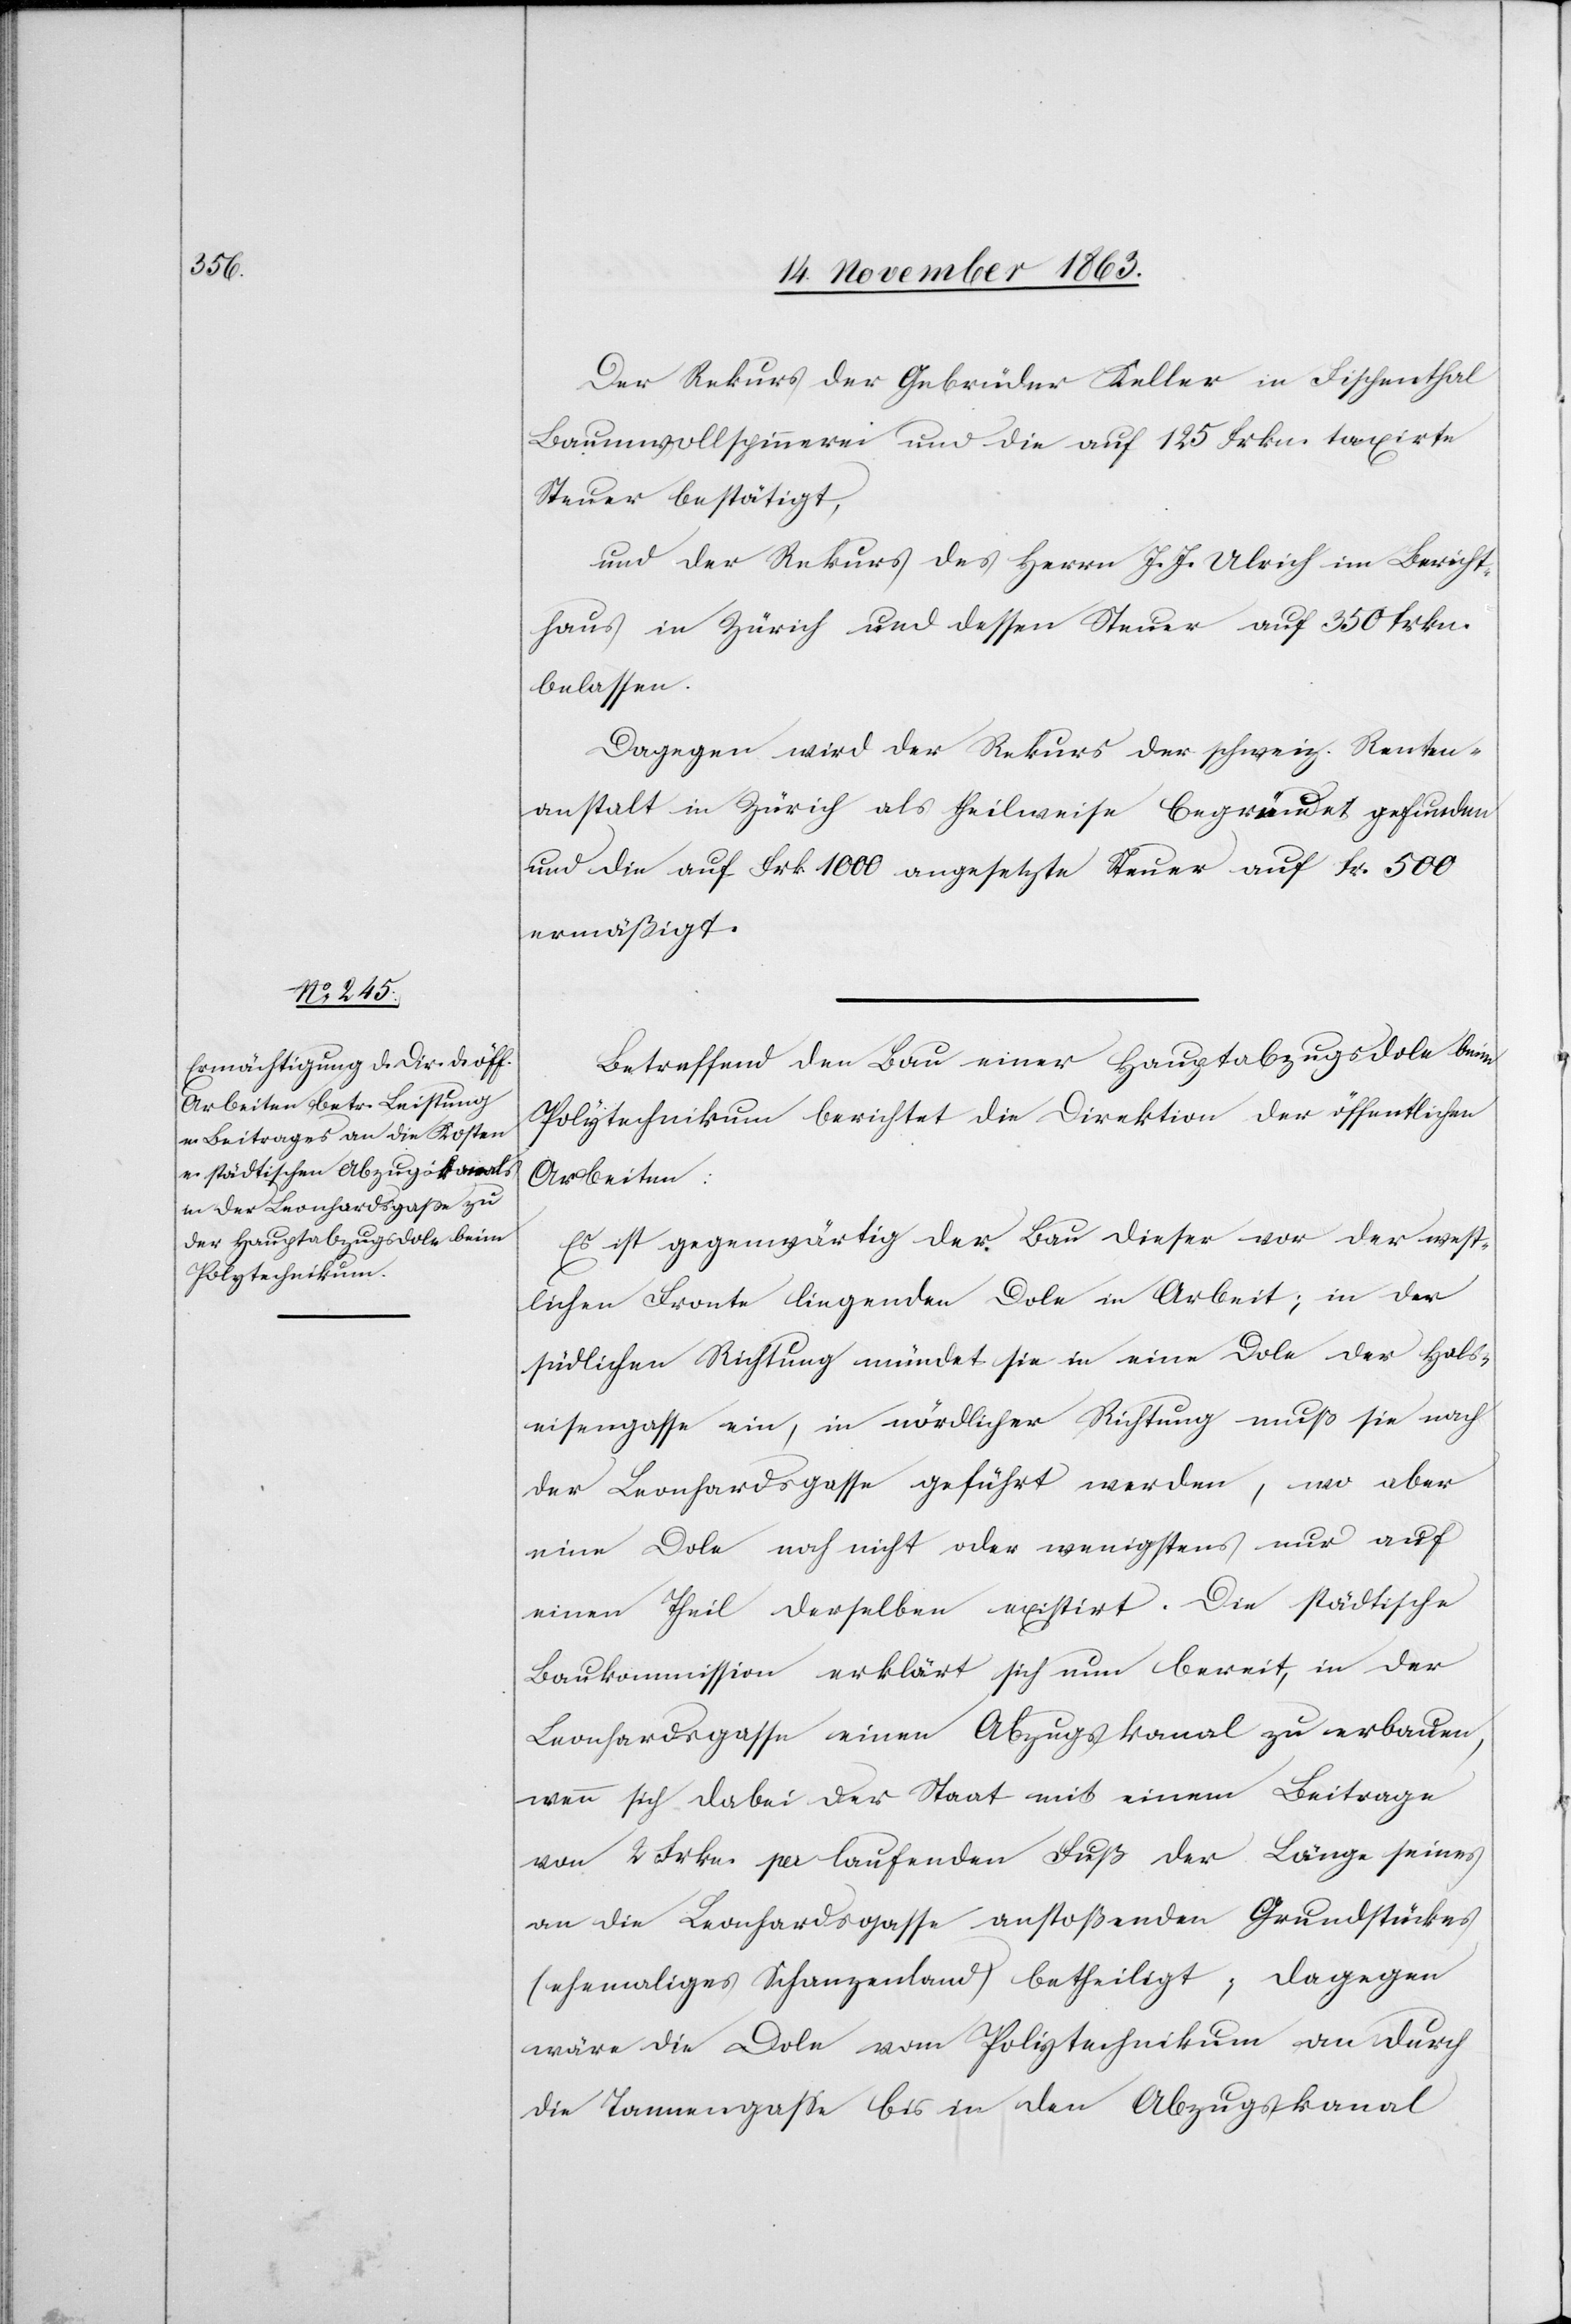
Der Rekurs der Gebrüder Keller in Fischenthal
Baumwollspinnerei und die auf 125 Frkn. taxirte
Steuer bestätigt,
und der Rekurs des Herrn J. J. Ulrich im Bericht¬
haus in Zürich und dessen Steuer auf 350 frkn.
belassen.
Dagegen wird der Rekurs der schweiz. Renten¬
anstalt in Zürich als theilweise begründet gefunden
und die auf Frk. 1000 angesetzte Steuer auf Fr. 500
ermäßigt.
Betreffend den Bau einer Hauptabzugsdole beim
Polytechnikum berichtet die Direktion der öffentlichen
Arbeiten:
Es ist gegenwärtig der Bau dieser vor der west¬
lichen Fronte liegenden Dole in Arbeit; in der
südlichen Richtung mündet sie in eine Dole der Hals¬
eisengasse ein, in nördlicher Richtung muß sie nach
der Leonhardsgasse geführt werden, wo aber
eine Dole noch nicht oder wenigstens nur auf
einem Theil derselben existirt. Die städtische
Baukommission erklärt sich nun bereit, in der
Leonhardsgasse einen Abzugskanal zu erbauen,
wenn sich dabei der Staat mit einem Beitrage
von 2 Frkn. per laufenden Fuß der Länge seines
an die Leonhardsgasse anstoßenden Grundstückes
(ehemaliges Schanzenland) betheiligt; dagegen
wäre die Dole vom Polytechnikum an durch
die Tannengasse bis in den Abzugskanal